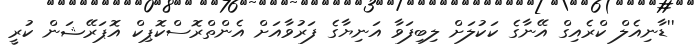
''ޑާނިއެލް ކްރެއިގް އޭނާގެ ކަކުލަށް ލިބިފަވާ އަނިޔާގެ ފަރުވާއަށް އެންތްރޮސްކޮޕިކް އޮޕަރޭޝަން ކުރީ